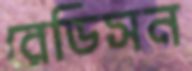
রেডিসন